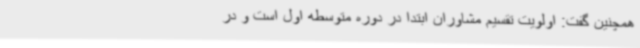
همچنین گفت: اولویت تقسیم مشاوران ابتدا در دوره متوسطه اول است و در